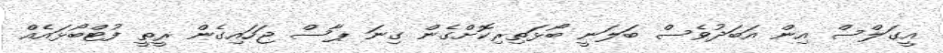
އީގަލްސް އިން އަަބަދުވެސް ބަލަނީ ބޯޅަތިރިކޮށްގެން ގިނަ ޕާސް ޖަހައިގެން ރީތީ ފުޓްބޯޅައެއް